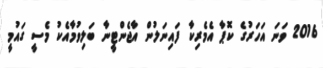
2016 ވަނަ އަހަރުގެ ކޮޕާ އެމެރިކާ ފައިނަލުން އާޖެންޓީނާ ބަލިވުމާއެކު މެސީ ގައުމީ